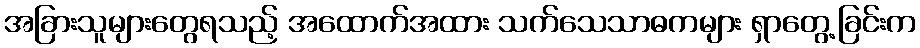
အခြားသူများတွေရသည့် အထောက်အထား သက်သေသာဓကများ ရှာတွေ့ခြင်းက